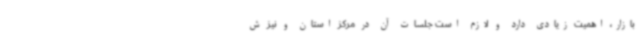
بازار، اهمیت زیادی دارد و لازم است جلسات آن در مرکز استان و نیز ش